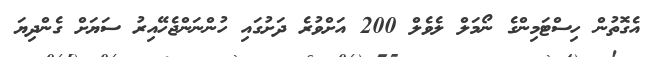
އެގޮތުން ހިސްޓަމިންގެ ނޯމަލް ލެވެލް 200 އަށްވުރެ ދަށުގައި ހުންނަންޖެހޭއިރު ސަޔަށް ގެންދިޔަ